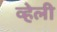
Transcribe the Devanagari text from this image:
व्हेली